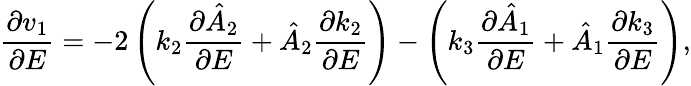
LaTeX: \frac{\partial v_{1}}{\partial E}=-2\left(k_{2}\frac{\partial\hat{A}_{2}}{\partial E}+\hat{A}_{2}\frac{\partial k_{2}}{\partial E}\right)-\left(k_{3}\frac{\partial\hat{A}_{1}}{\partial E}+\hat{A}_{1}\frac{\partial k_{3}}{\partial E}\right),